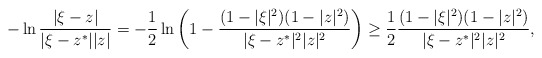
\begin{align*}-\ln\frac{|\xi-z|}{|\xi-z^*||z|} = -\frac{1}{2} \ln\left(1-\frac{(1-|\xi|^2)(1-|z|^2)}{|\xi-z^*|^2|z|^2}\right) \geq \frac{1}{2} \frac{(1-|\xi|^2)(1-|z|^2)}{|\xi-z^*|^2|z|^2},\end{align*}